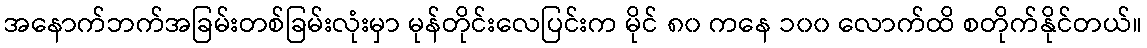
အနောက်ဘက်အခြမ်းတစ်ခြမ်းလုံးမှာ မုန်တိုင်းလေပြင်းက မိုင် ၈၀ ကနေ ၁၀၀ လောက်ထိ စတိုက်နိုင်တယ်။